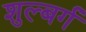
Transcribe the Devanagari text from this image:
शुल्बर्ग